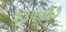
૨૩૫૫૩૭